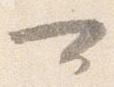
可